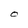
Character: O